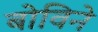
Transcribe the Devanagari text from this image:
बोविने